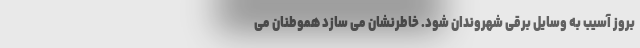
بروز آسیب به وسایل برقی شهروندان شود. خاطرنشان می سازد هموطنان می